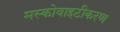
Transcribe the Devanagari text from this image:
मस्कोवाइटीकरण